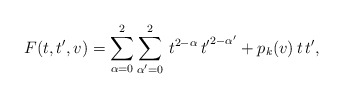
\begin{align*}F(t,t',v)=\sum_{\alpha=0}^2\sum_{\alpha'=0}^{2}\, t^{2-\alpha}\, {t'}^{2-\alpha '}+p_k(v) \, t \, t',\end{align*}